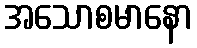
အသောစမာနော